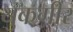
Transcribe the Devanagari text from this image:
युकगीर